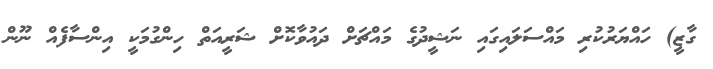
ގާޒީ) ހައްޔަރުކުރި މައްސަލައިގައި ނަޝީދުގެ މައްޗަށް ދައުވާކޮށް ޝަރީއަތް ހިންގުމަކީ އިންސާފެއް ނޫން